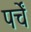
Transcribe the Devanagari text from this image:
पर्चें